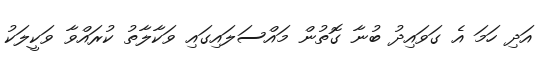
އަދި ހަމަ އެ ގަވައިދު ބުނާ ގޮތުން މައްސަލައިގައި ވަކާލާތު ކުރައްވާ ވަކީލަކު